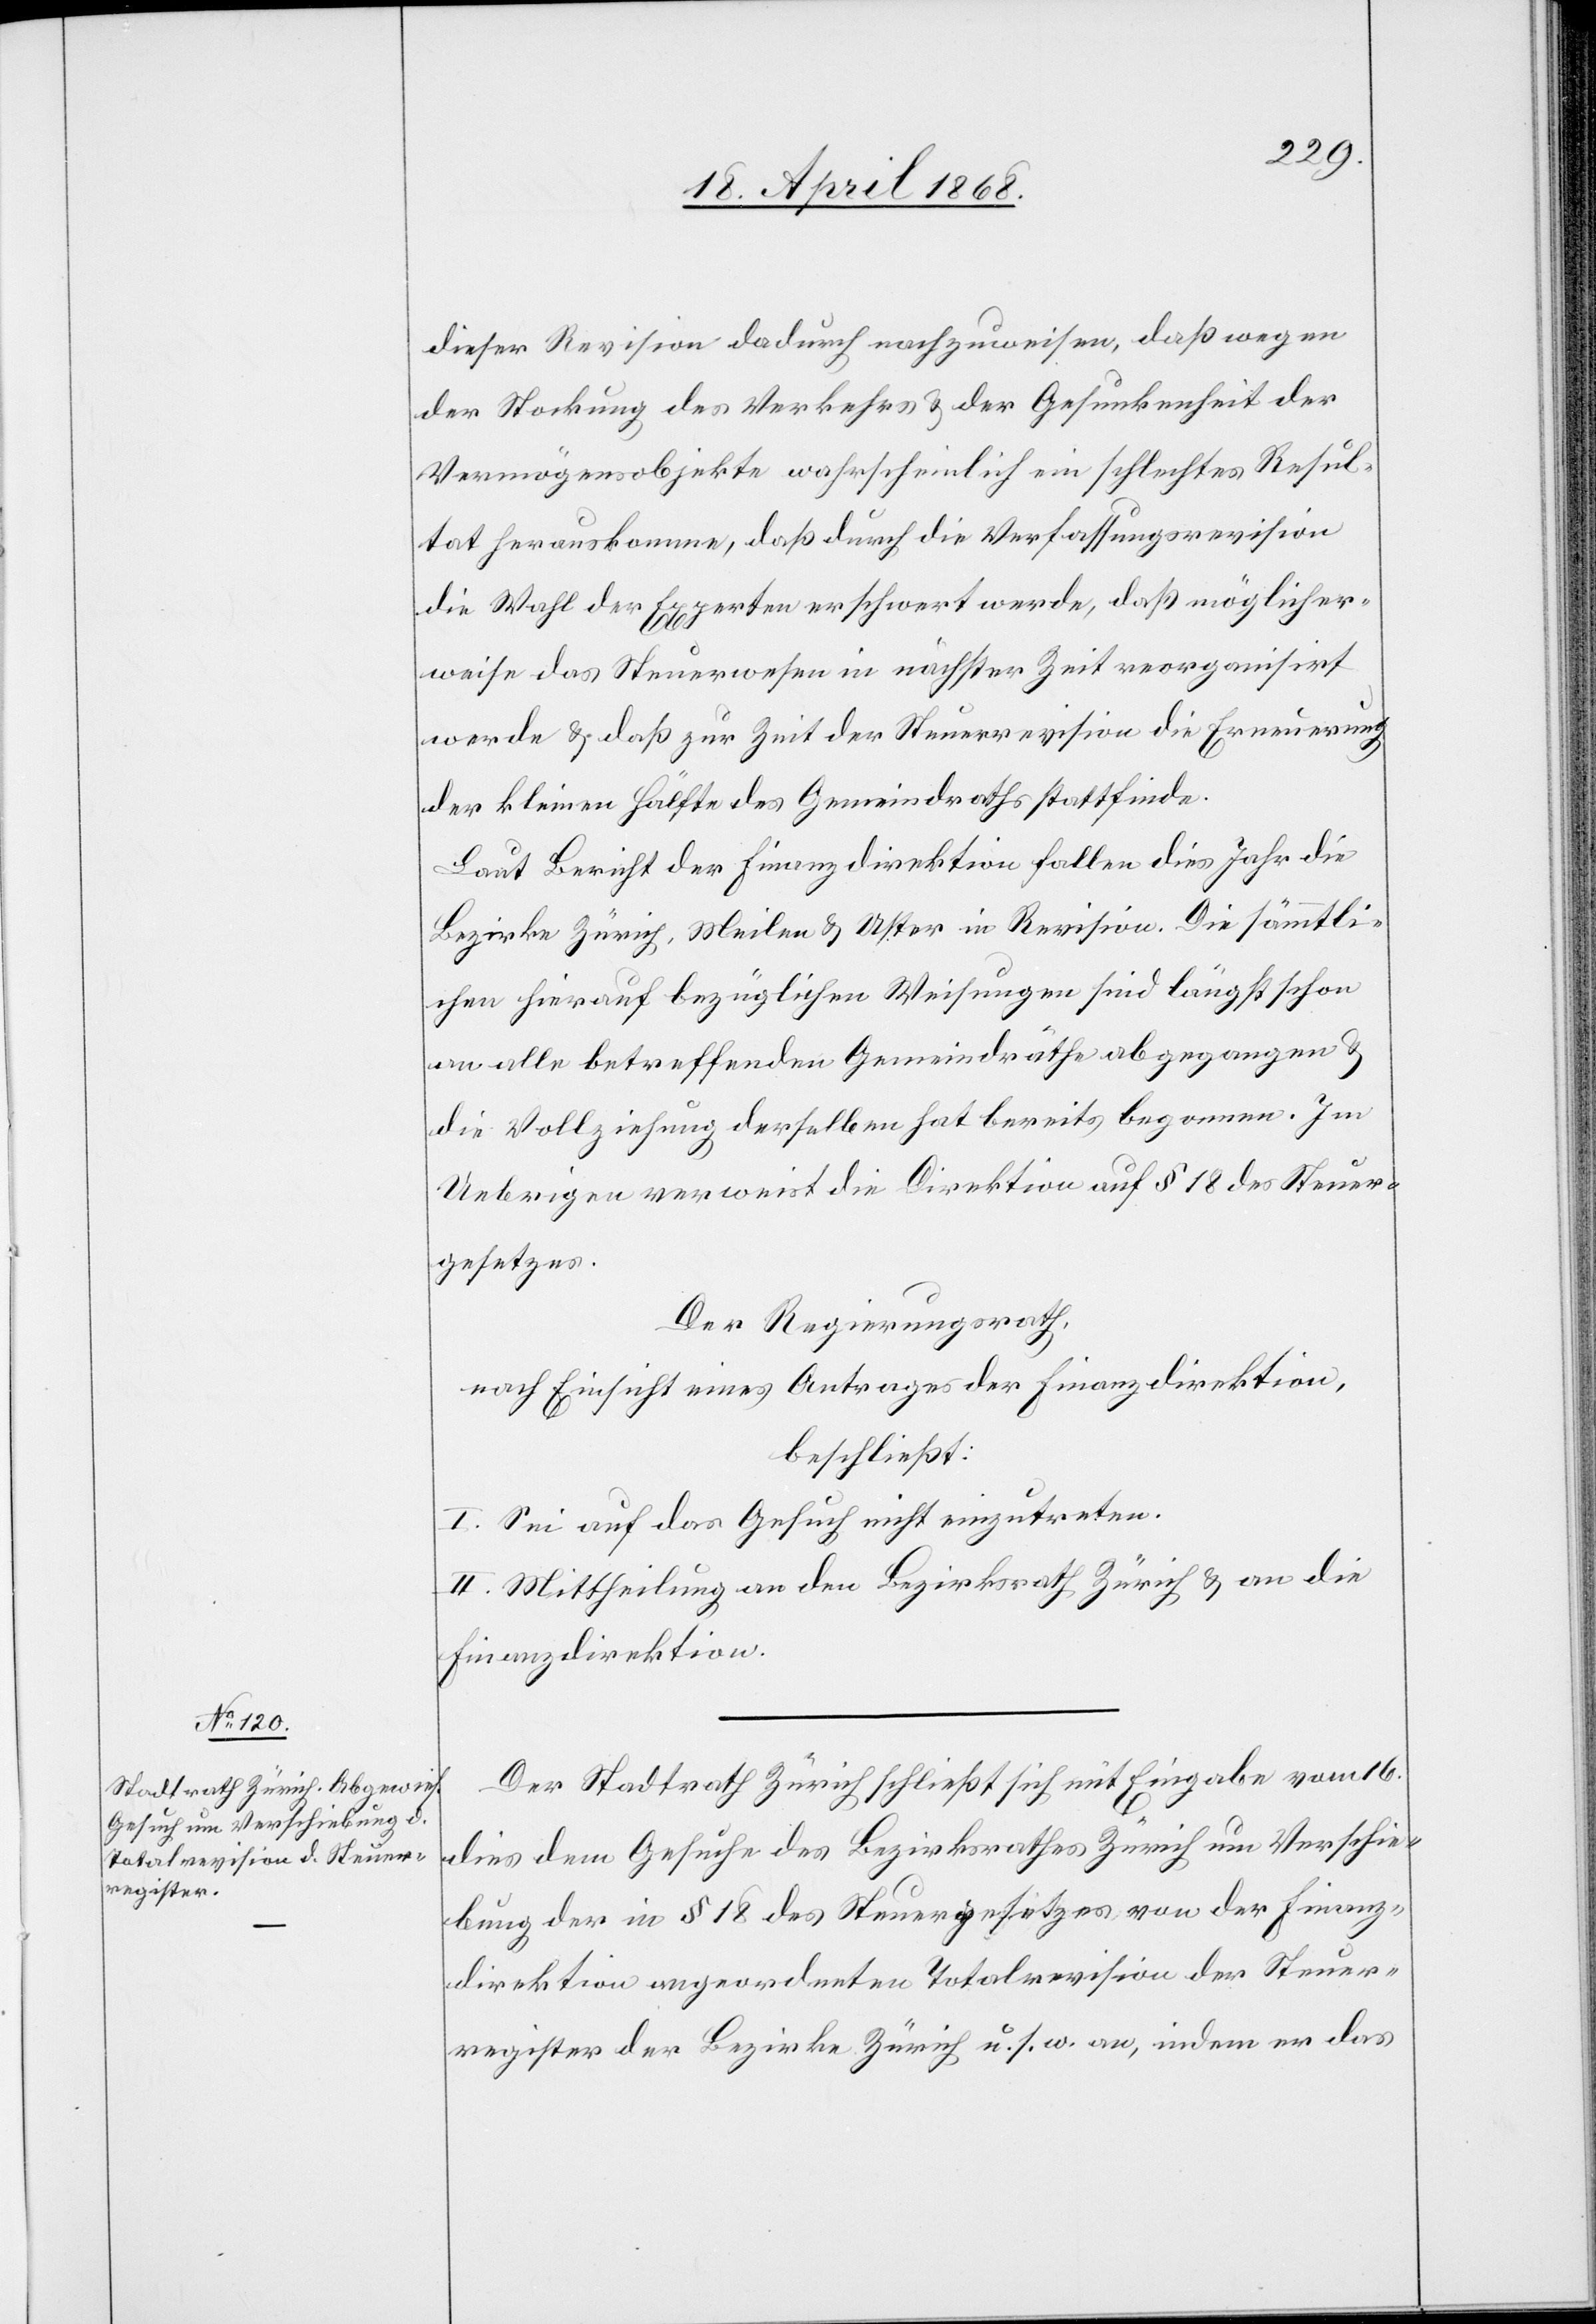
dieser Revision dadurch nachzuweisen, daß wegen
der Stockung des Verkehrs & der Gesunkenheit der
Vermögensobjekte wahrscheinlich ein schlechtes Resul¬
tat herauskomme, daß durch die Verfassungsrevision
die Wahl der Experten erschwert werde, daß möglicher¬
weise das Steuerwesen in nächster Zeit reorganisirt
werde & daß zur Zeit der Steuerrevision die Erneuerung
der kleinen Hälfte des Gemeindraths stattfinde.
Laut Bericht der Finanzdirektion fallen dies Jahr die
Bezirke Zürich, Meilen & Uster in Revision. Die sämmtli¬
chen hierauf bezüglichen Weisungen sind längst schon
an alle betreffenden Gemeindräthe abgegangen &
die Vollziehung derselben hat bereits begonnen. Im
Uebrigen verweist die Direktion auf § 18 des Steuer¬
gesetzes.
Der Regierungsrath,
nach Einsicht eines Antrages der Finanzdirektion,
beschließt:
I. Sei auf das Gesuch nicht einzutreten.
II. Mittheilung an den Bezirksrath Zürich & an die
Finanzdirektion.
Der Stadtrath Zürich schließt sich mit Eingabe vom 16.
dies dem Gesuche des Bezirksrathes Zürich um Verschie¬
bung der in § 18 des Steuergesetzes von der Finanz¬
direktion angeordneten Totalrevision der Steuer¬
register der Bezirke Zürich u. s. w. an, indem er das